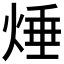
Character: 𱫘